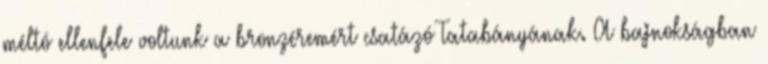
méltó ellenfele voltunk a bronzéremért csatázó Tatabányának. A bajnokságban